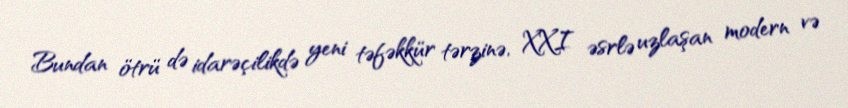
Bundan ötrü də idarəçilikdə yeni təfəkkür tərzinə, XXI əsrlə uzlaşan modern və